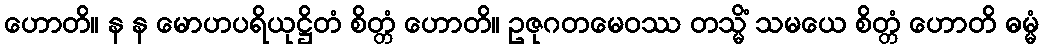
ဟောတိ။ န န မောဟပရိယုဋ္ဌိတံ စိတ္တံ ဟောတိ။ ဥဇုဂတမေဝဿ တသ္မိံ သမယေ စိတ္တံ ဟောတိ ဓမ္မံ